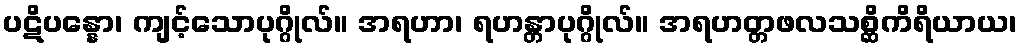
ပဋိပန္နော၊ ကျင့်သောပုဂ္ဂိုလ်။ အရဟာ၊ ရဟန္တာပုဂ္ဂိုလ်။ အရဟတ္တဖလသစ္ဆိကိရိယာယ၊